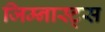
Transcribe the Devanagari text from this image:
जिम्नास्ट्स